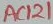
Text: AC121